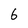
Character: 6